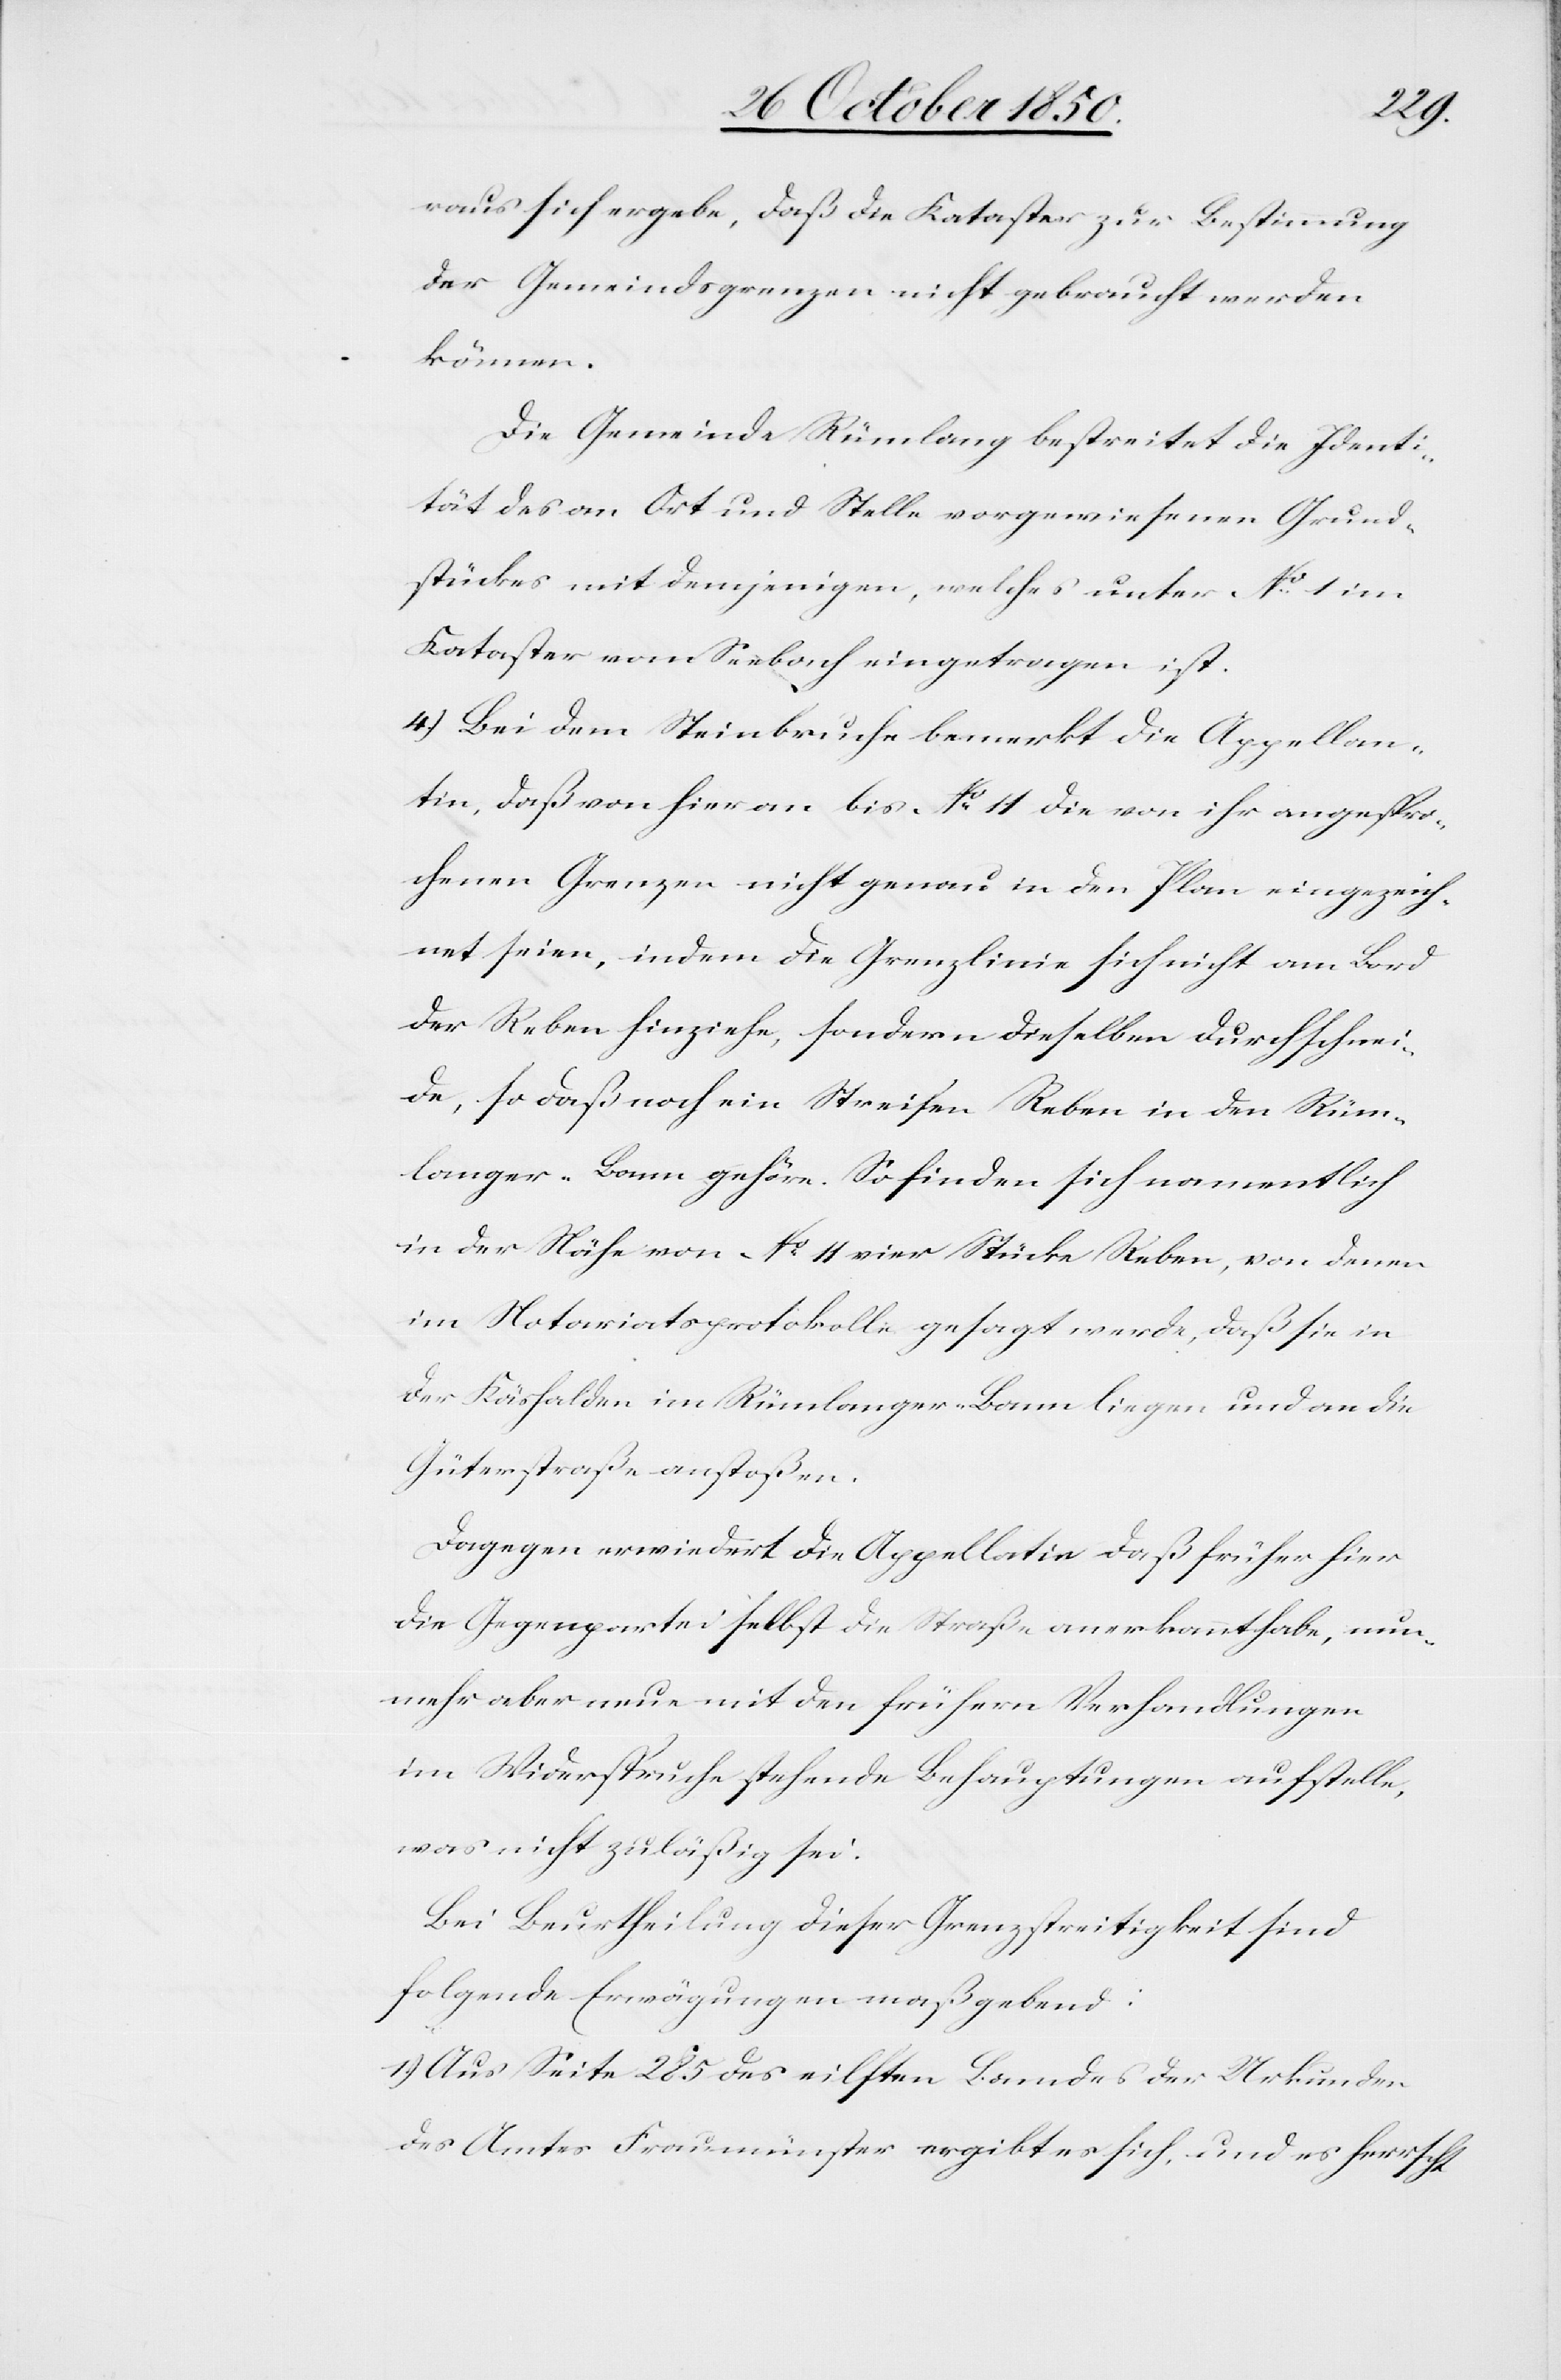
raus sich ergebe, daß die Kataster zur Bestimmung
der Gemeindsgrenzen nicht gebraucht werden
können.
Die Gemeinde Rümlang bestreitet die Identi¬
tät des an Ort und Stelle vorgewiesenen Grund¬
stückes mit demjenigen, welches unter No 1 im
Kataster von Seebach eingetragen ist.
4.) Bei dem Steinbruche bemerkt die Appellan¬
tin, daß von hier an bis No 11 die von ihr angespro¬
chenen Grenzen nicht genau in den Plan eingezeich¬
net seien, indem die Grenzlinie sich nicht am Bord
der Reben hinziehe, sondern dieselben durchschnei¬
de, so daß noch ein Streifen Reben in den Rüm¬
langer-Bann gehöre. So finden sich namentlich
in der Nähe von No 11 vier Stücke Reben, von denen
im Notariatsprotokolle gesagt werde, daß sie in
der Käshalden im Rümlanger-Bann liegen und an die
Güterstraße anstoßen.
Dagegen erwiedert die Appellatin daß früher hier
die Gegenpartei selbst die Straße anerkannt habe, nun¬
mehr aber neue mit den frühern Verhandlungen
im Widerspruche stehende Behauptungen aufstelle,
was nicht zuläßig sei.
Bei Beurtheilung dieser Grenzstreitigkeit sind
folgende Erwägungen maßgebend:
1.) Aus Seite 285 des eilften Bandes der Urkunden
des Amtes Fraumünster ergibt es sich, und es herrscht